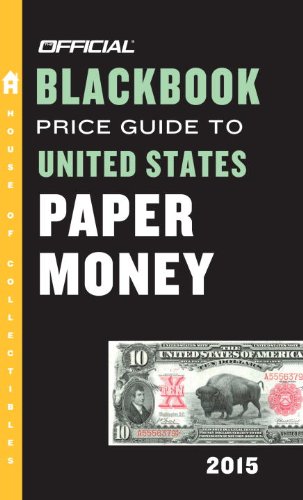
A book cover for The Official Blackbook Price Guide to United States Paper Money 2015, 47th Edition; Thomas E. Hudgeons Jr.; Crafts, Hobbies & Home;